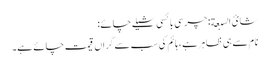
شائ السبعة: چرسی بائسی شیلے چائے:
نام سے ہی ظاہر ہے، ہائم کی سب سے گراں قیمت چائے ہے۔